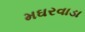
મઘરવાડા